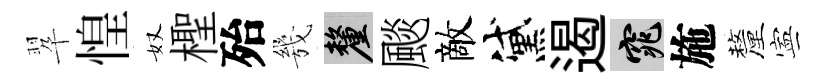
翆惶奴檉殆㡬厘颷敵黛遏窕施釐寕